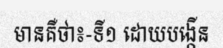
មានគឺថា៖-ទី១ ដោយបង្កើន